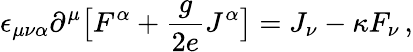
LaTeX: \epsilon_{\mu\nu\alpha}\partial^{\mu}\big[F^{\alpha}+{\frac{g}{2e}}J^{\alpha}\big]=J_{\nu}-\kappa F_{\nu}\, ,